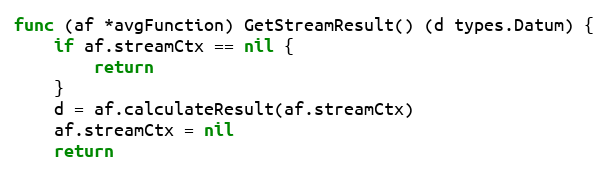
Language: Go
func (af *avgFunction) GetStreamResult() (d types.Datum) {
	if af.streamCtx == nil {
		return
	}
	d = af.calculateResult(af.streamCtx)
	af.streamCtx = nil
	return